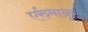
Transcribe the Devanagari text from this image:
एर्रुमानूर